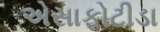
એસાફોટીડા